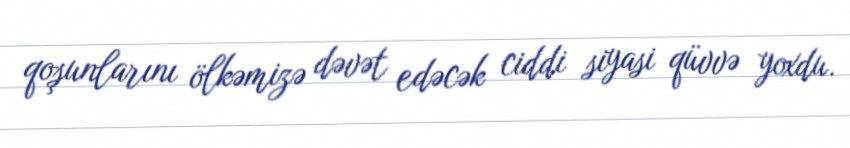
qoşunlarını ölkəmizə dəvət edəcək ciddi siyasi qüvvə yoxdu.